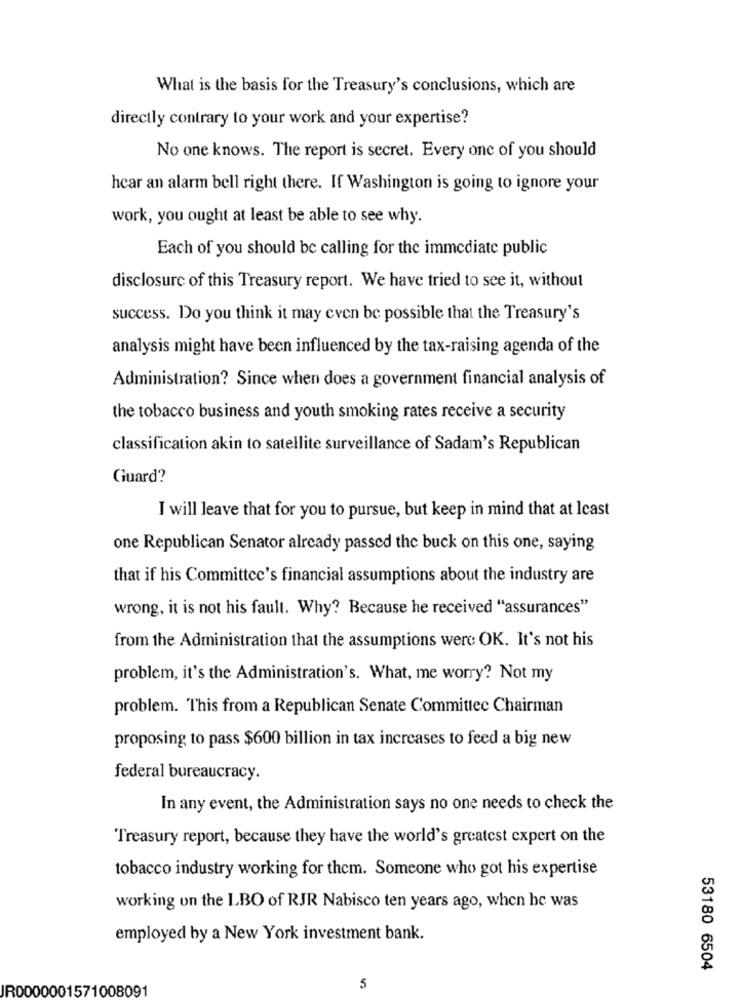
What is the basis for the Treasury's conclusions, which are
directly contrary to your work and your expertise?
No one knows. The report is secret. Every one of you should
hear an alarm bell right there. If Washington is going to ignore your
work, you ought at least be able to see why.
Each of you should be calling for the immediate public
disclosure of this Treasury report. We have tried to see it, without
success. Do you think it may even be possible that the Treasury's
analysis might have been influenced by the tax-raising agenda of the
Administration? Since when does a government financial analysis of
the tobacco business and youth smoking rates receive a security
classification akin to satellite surveillance of Sadam's Republican
Guard?
I will leave that for you to pursue, but keep in mind that at least
one Republican Senator already passed the buck on this one, saying
that if his Committee's financial assumptions about the industry are
wrong, it is not his fault. Why? Because he received "assurances"
from the Administration that the assumptions were OK. It's not his
problem, it's the Administration's. What, me worry? Not my
problem. This from a Republican Senate Committee Chairman
proposing to pass $600 billion in tax increases to feed a big new
federal bureaucracy.
In any event, the Administration says no one needs to check the
Treasury report, because they have the world's greatest expert on the
tobacco industry working for them. Someone who got his expertise
working on the LBO of RJR Nabisco ten years ago, when he was
employed by a New York investment bank.
53180 6504
IR0000001571008091
5